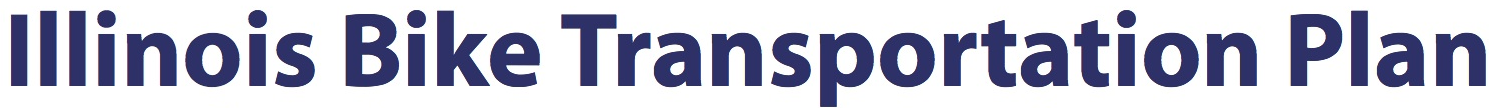
Illinois Bike Transportation Plan